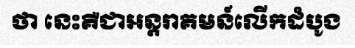
ថា នេះគឺជាអន្តរាគមន៍លើកដំបូង